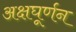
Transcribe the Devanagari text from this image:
अक्षघूर्णन